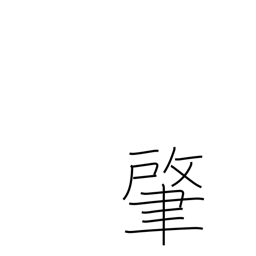
Meaning: beginning